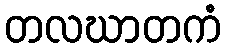
တလဃာတကံ